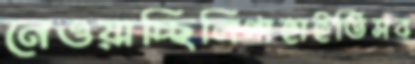
নেওয়াচ্ছিলিগাহাইতিসব